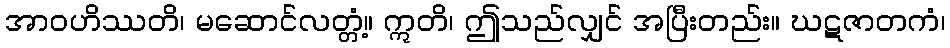
အာဝဟိဿတိ၊ မဆောင်လတ္တံ့။ ဣတိ၊ ဤသည်လျှင် အပြီးတည်း။ ဃဋဇာတကံ၊